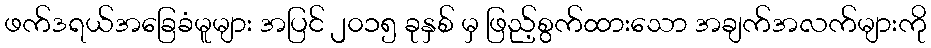
ဖက်ဒရယ်အခြေခံမူများ အပြင် ၂၀၁၅ ခုနှစ် မှ ဖြည့်စွက်ထားသော အချက်အလက်များကို